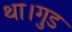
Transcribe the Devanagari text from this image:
था।गुड